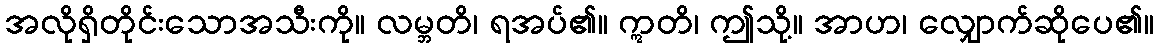
အလိုရှိတိုင်းသောအသီးကို။ လမ္ဘတိ၊ ရအပ်၏။ ဣတိ၊ ဤသို့။ အာဟ၊ လျှောက်ဆိုပေ၏။